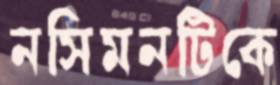
নসিমনটিকে